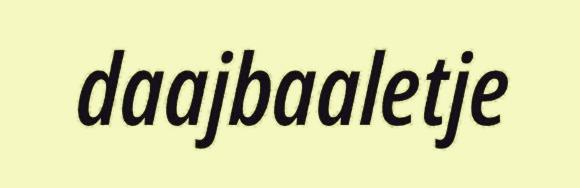
daajbaaletje